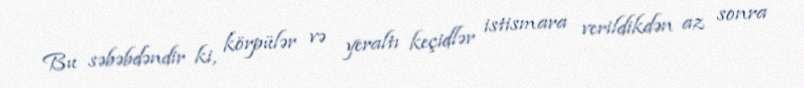
Bu səbəbdəndir ki, körpülər və yeraltı keçidlər istismara verildikdən az sonra